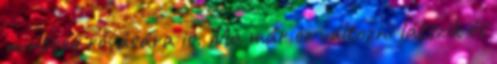
minőség rovására is. Ma már ez változni látszik és